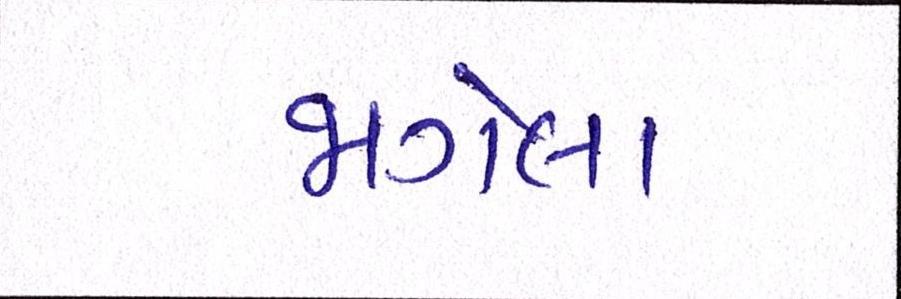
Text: જાગેલા